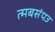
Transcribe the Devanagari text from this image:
त्मबसंपउ